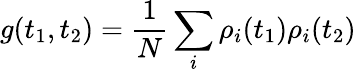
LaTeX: g(t_{1},t_{2})=\frac{1}{N}\sum_{i}\rho_{i}(t_{1})\rho_{i}(t_{2})